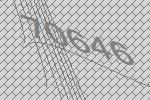
70646